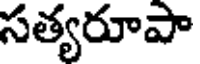
సత్యరూపా